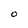
Character: O